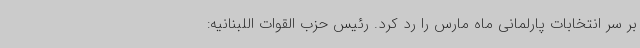
بر سر انتخابات پارلمانی ماه مارس را رد کرد. رئیس حزب القوات اللبنانیه: